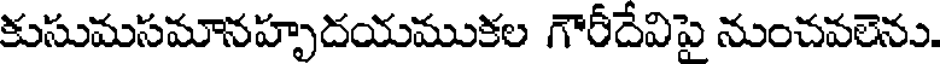
కుసుమసమానహృదయముకల గౌరీదేవిపై నుంచవలెను.